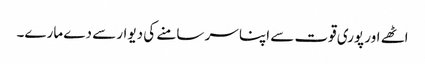
اٹھے اور پوری قوت سے اپنا سر سامنے کی دیوار سے دے مارے۔